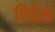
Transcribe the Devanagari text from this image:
छिद्रिष्ठ